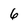
Character: 6